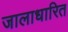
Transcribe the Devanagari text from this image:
जालाधारित